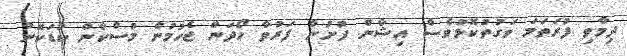
ދިމާވި ފުރަތަމަ ވަގުތުކޮޅުވެސް އިޝާން ފުށުން ފަރުވާ ހޯދަން ޖެހުމުން މުސްކާން ކުޑަކޮށް